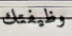
وظيفتك